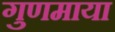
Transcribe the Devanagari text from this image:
गुणमाया